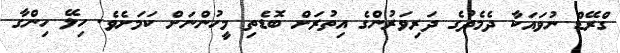
ގްރޭޑް ނުވައަކާ ދެމެދުގެ ދަރިވަރުންގެ އިތުރަށް ބޮޑެތި މީހުންނަށް ކަމަށެވެ. ހިލޭ ހިންގާ